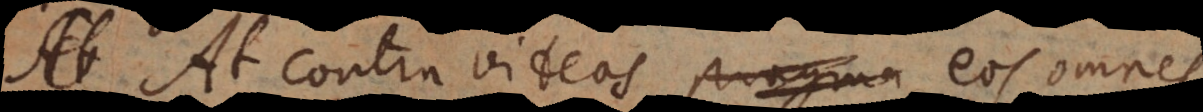
At contra videas pragma eos omnes